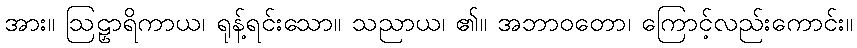
အား။ ဩဠှာရိကာယ၊ ရုန့်ရင်းသော။ သညာယ၊ ၏။ အဘာဝတော၊ ကြောင့်လည်းကောင်း။